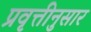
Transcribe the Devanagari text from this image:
प्रवृत्तीनुसार